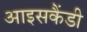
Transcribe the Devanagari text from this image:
आइसकैंडी